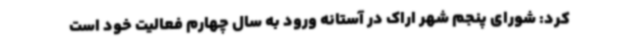
کرد: شورای پنجم شهر اراک در آستانه ورود به سال چهارم فعالیت خود است